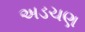
અડચણ